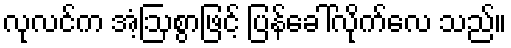
လုလင်က အံ့ဩစွာဖြင့် ပြန်ခေါ်လိုက်လေ သည်။